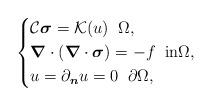
LaTeX: \begin{align*}\left\{\begin{aligned}&\mathcal{C}\boldsymbol{\sigma}=\mathcal{K}(u)\;\;\Omega,\\&\boldsymbol{\nabla}\cdot(\boldsymbol{\nabla}\cdot\boldsymbol{\sigma})=-f\;\;\text{in}\Omega, \\&u=\partial_{\boldsymbol{n}}u=0\;\;\partial\Omega,\end{aligned}\right. \end{align*}